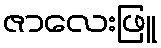
ဇာလေးဖြူ